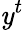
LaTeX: \mathit{y}^{t}